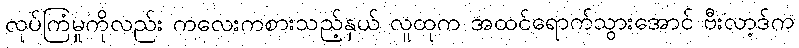
လုပ်ကြံမှုကိုလည်း ကလေးကစားသည့်နှယ် လူထုက အထင်ရောက်သွားအောင် ဗီးလာ့ဒ်က